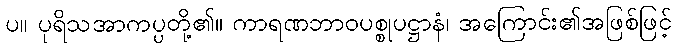
ပ။ ပုရိသအာကပ္ပတို့၏။ ကာရဏဘာဝပစ္စုပဋ္ဌာနံ၊ အကြောင်း၏အဖြစ်ဖြင့်